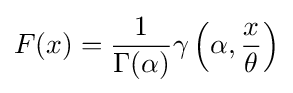
F(x)={\frac {1}{\Gamma (\alpha )}}\gamma \left(\alpha ,{\frac {x}{\theta }}\right)